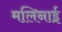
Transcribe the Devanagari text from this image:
मलिनाई